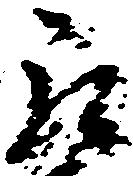
郎